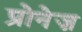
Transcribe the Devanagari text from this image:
प्रोनेज़